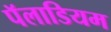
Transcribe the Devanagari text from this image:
पॅलाडियम